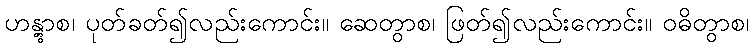
ဟန္တွာစ၊ ပုတ်ခတ်၍လည်းကောင်း။ ဆေတွာစ၊ ဖြတ်၍လည်းကောင်း။ ဝဓိတွာစ၊